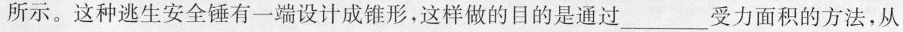
所示。这种逃生安全锤有一端设计成锥形，这样做的目的是通过___受力面积的方法，从